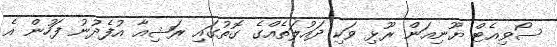
ސޯވިއެޓް ޔޫނިއަން ރޫޅި ވަކި ދައުލަތެއްގެ ގޮތުގައި ރަޝިއާ އުފެދުނު ފަހުން އެ